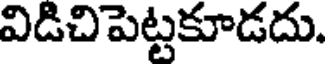
విడిచిపెట్టకూడదు.